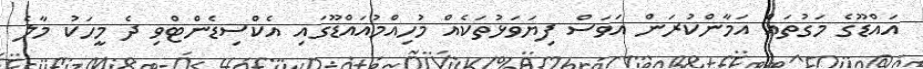
އައްޑޫގެ މަގުތައް އަމާންކުރަން އަވަސް ފިޔަވަޅުތަކެއް މުހިއްމުއައްޑޫގައި އެކްސިޑެންޓްވި ދެ މީހަކު މާލެ